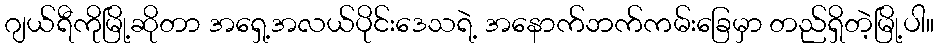
ဂျယ်ရီကိုမြို့ဆိုတာ အရှေ့အလယ်ပိုင်းဒေသရဲ့ အနောက်ဘက်ကမ်းခြေမှာ တည်ရှိတဲ့မြို့ပါ။